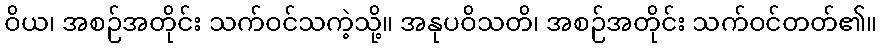
ဝိယ၊ အစဉ်အတိုင်း သက်ဝင်သကဲ့သို့။ အနုပဝိသတိ၊ အစဉ်အတိုင်း သက်ဝင်တတ်၏။